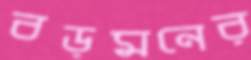
বড়মনের